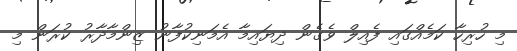
މި ހުރިހާ ކަމެއްގައި ފެއިލް ވެގެން ދިޔައިމާ އެމަނިކުފާނު ޒިންމާދާރު ކުރަން މި